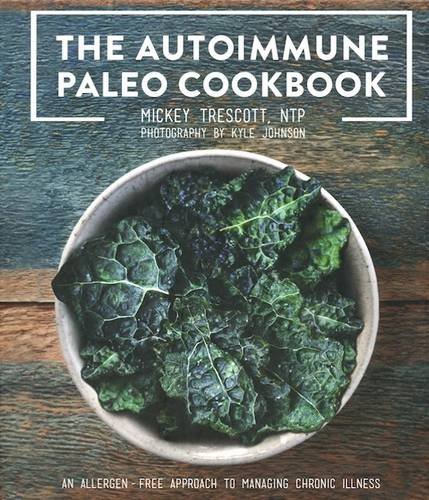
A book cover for The Autoimmune Paleo Cookbook: An Allergen-Free Approach to Managing Chronic Illness; Mickey Trescott; Cookbooks, Food & Wine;